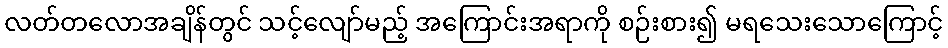
လတ်တလောအချိန်တွင် သင့်လျော်မည့် အကြောင်းအရာကို စဉ်းစား၍ မရသေးသောကြောင့်